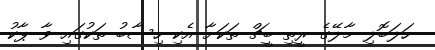
ހަލަބޮލި މާލޭގެ ރީތި ބީޗް ތަކަށާ އެކި ހިސާބު ތަކުގައި ވާ ޕާކު